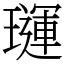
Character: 璭